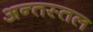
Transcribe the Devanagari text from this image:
अन्तस्तल